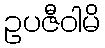
ဥပဇီဝါမိ